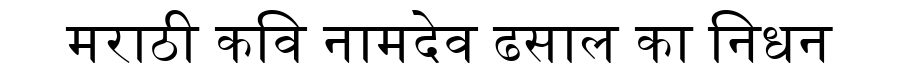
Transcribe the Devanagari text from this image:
मराठी कवि नामदेव ढसाल का निधन